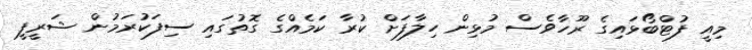
މިއީ ފުޓްބޯޅައިގެ ރޫހާވެސް މުޅިން ހިލާފަށް ކުރާ ކަމެއްގެ ގޮތުގައި ސިފަކުރަމުން ޝަރީފީ